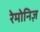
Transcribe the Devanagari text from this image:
रेमोनिज़